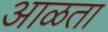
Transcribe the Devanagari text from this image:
आळता